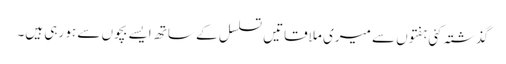
گذشتہ کئی ہفتوں سے میری ملاقاتیں تسلسل کے ساتھ ایسے بچوں سے ہو رہی ہیں۔